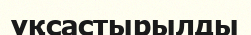
ұқсастырылды